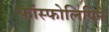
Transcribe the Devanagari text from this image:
फॉस्फोलिपिने